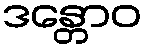
ဒန္တောဝ